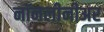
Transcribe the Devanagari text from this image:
नॉनलीनीअर